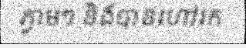
ភ្លាមៗ និងបានហៅរក